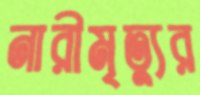
নারীমৃত্যুর